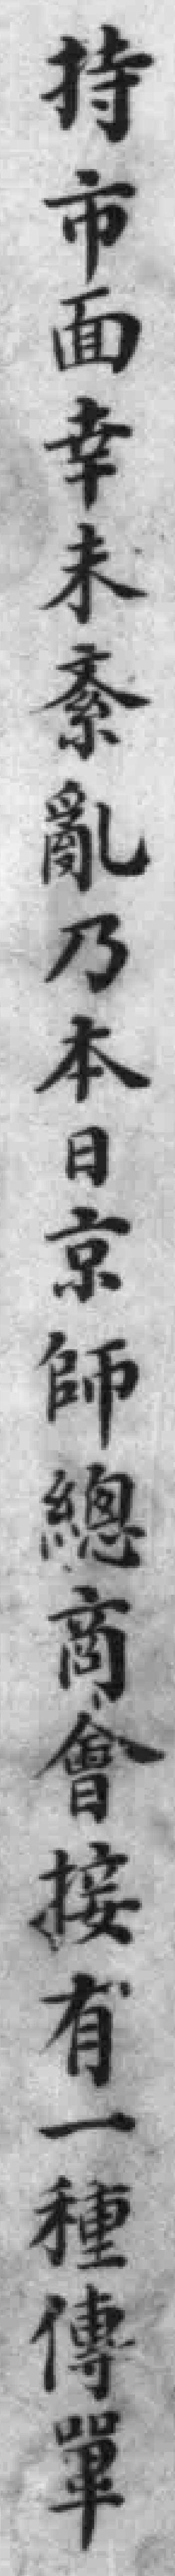
持市面幸未紊亂乃本日京師總商會接有一種傳單